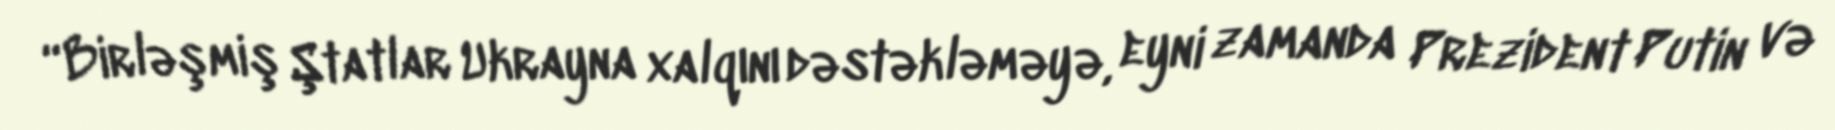
“Birləşmiş Ştatlar Ukrayna xalqını dəstəkləməyə, eyni zamanda Prezident Putin və